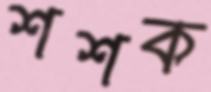
শশক